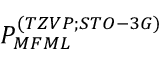
P _ { M F M L } ^ { ( T Z V P ; S T O - 3 G ) }